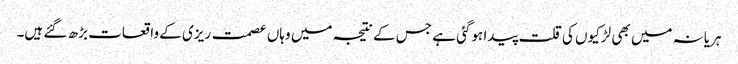
ہریانہ میں بھی لڑکیوں کی قلت پیدا ہوگئی ہے جس کے نتیجہ میں وہاں عصمت ریزی کے واقعات بڑھ گئے ہیں۔